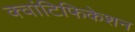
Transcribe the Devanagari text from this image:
क्वांटिफिकेशन